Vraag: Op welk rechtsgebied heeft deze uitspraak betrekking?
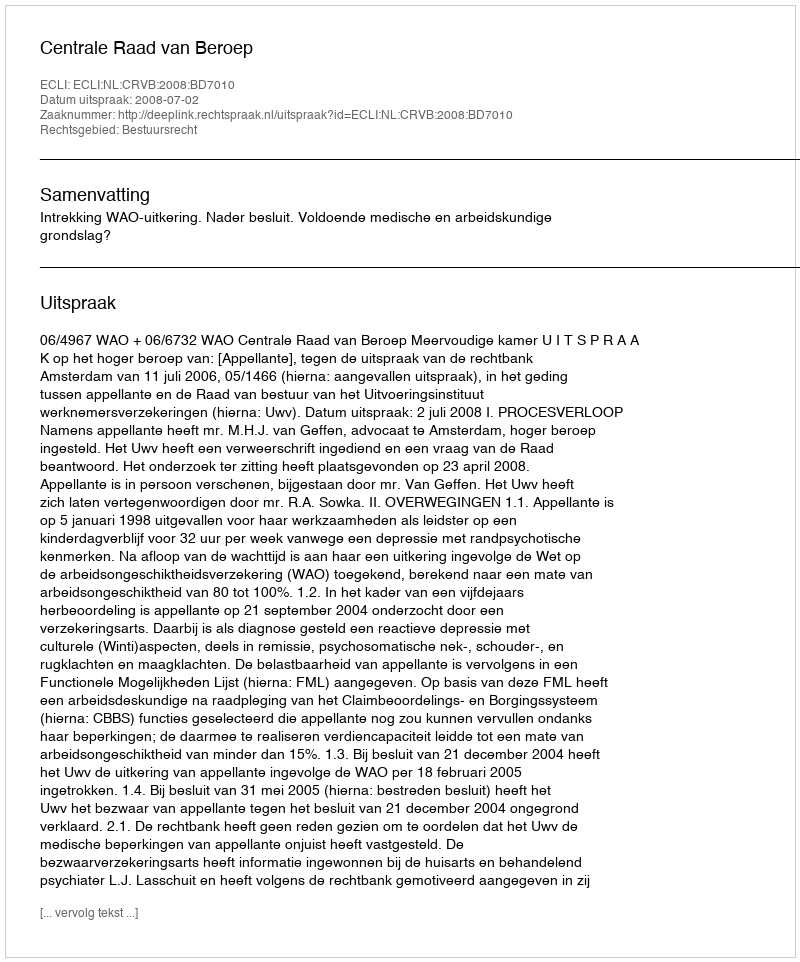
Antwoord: Bestuursrecht